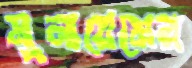
মুনায়েমের